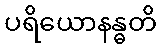
ပရိယောနန္ဓတိ